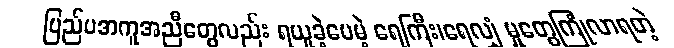
ပြည်ပအကူအညီတွေလည်း ရယူခဲ့ပေမဲ့ ရေကြီး၊ရေလျှံ မှုတွေကြုံလာရတဲ့